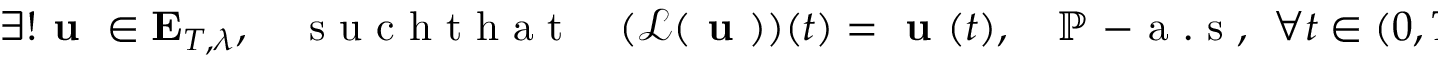
\exists ! \textbf { u } \in \mathbf { E } _ { T , \lambda } , \quad \mathrm { ~ s ~ u ~ c ~ h ~ t ~ h ~ a ~ t ~ } \quad ( \mathcal { L } ( \textbf { u } ) ) ( t ) = \textbf { u } ( t ) , \quad \mathbb { P } \mathrm { ~ - ~ a ~ . ~ s ~ , ~ } \; \forall t \in ( 0 , T ) .